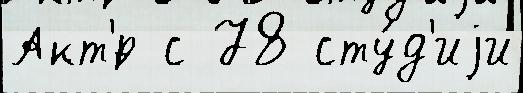
Акт'́р с 78 сту́д'иjи